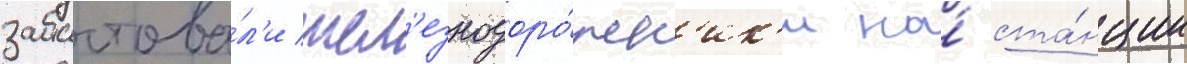
забастова́л'и жел'езнодоро́жн'ик'и на́ ста́нции